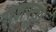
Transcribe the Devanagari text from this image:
राजपूतांे